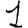
Digit: 1